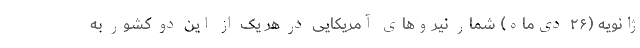
ژانویه (۲۶ دی‌ماه) شمار نیروهای آمریکایی در هر یک از این دو کشور به